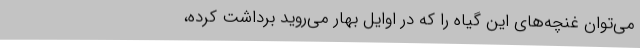
می‌توان غنچه‌های این گیاه را که در اوایل بهار می‌روید برداشت کرده،